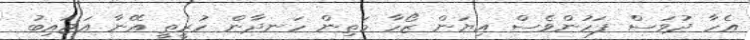
އެހާ ދުވަސް ފަހުންވެސް އިޔަން ޒޯހާ މަތިން ހަނދާން ހުރީތީ އޭނާ އަޖައިބު